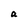
Character: a